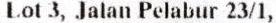
LOT 3, JALAN PELABUR 23/1,